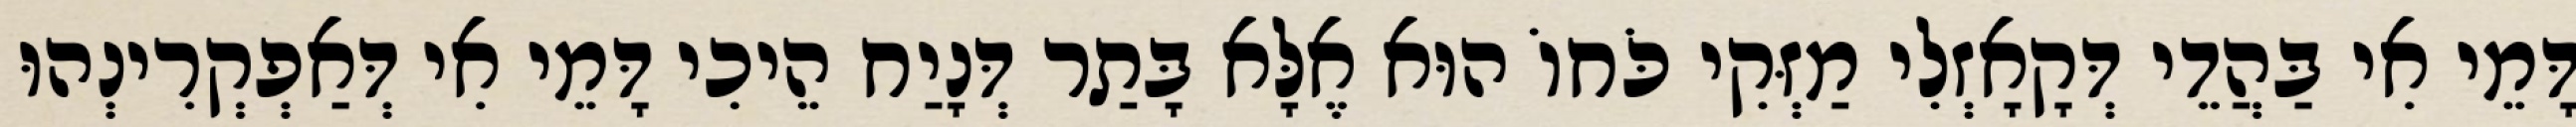
דָּמֵי אִי בַּהֲדֵי דְּקָאָזְלִי מַזְּקִי כֹּחוֹ הוּא אֶלָּא בָּתַר דְּנָיַח הֵיכִי דָּמֵי אִי דְּאַפְקְרִינְהוּ